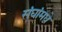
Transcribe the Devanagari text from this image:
संघांमधे